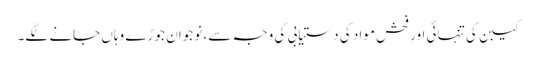
کیبن کی تنہائی اور فحش مواد کی دستیابی کی وجہ سے ، نوجوان جوڑے وہاں جانے لگے۔